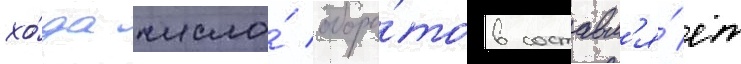
хо́да число́ оборо́тов составл'я́ет